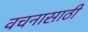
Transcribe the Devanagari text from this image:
वचनासाठी